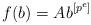
LaTeX: \begin{align*}f(b) = A b^{[p^e]}\end{align*}